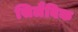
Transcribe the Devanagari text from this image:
सिलैबिक